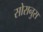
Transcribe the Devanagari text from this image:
सोरानुस